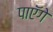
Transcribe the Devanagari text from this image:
पाएॅगे